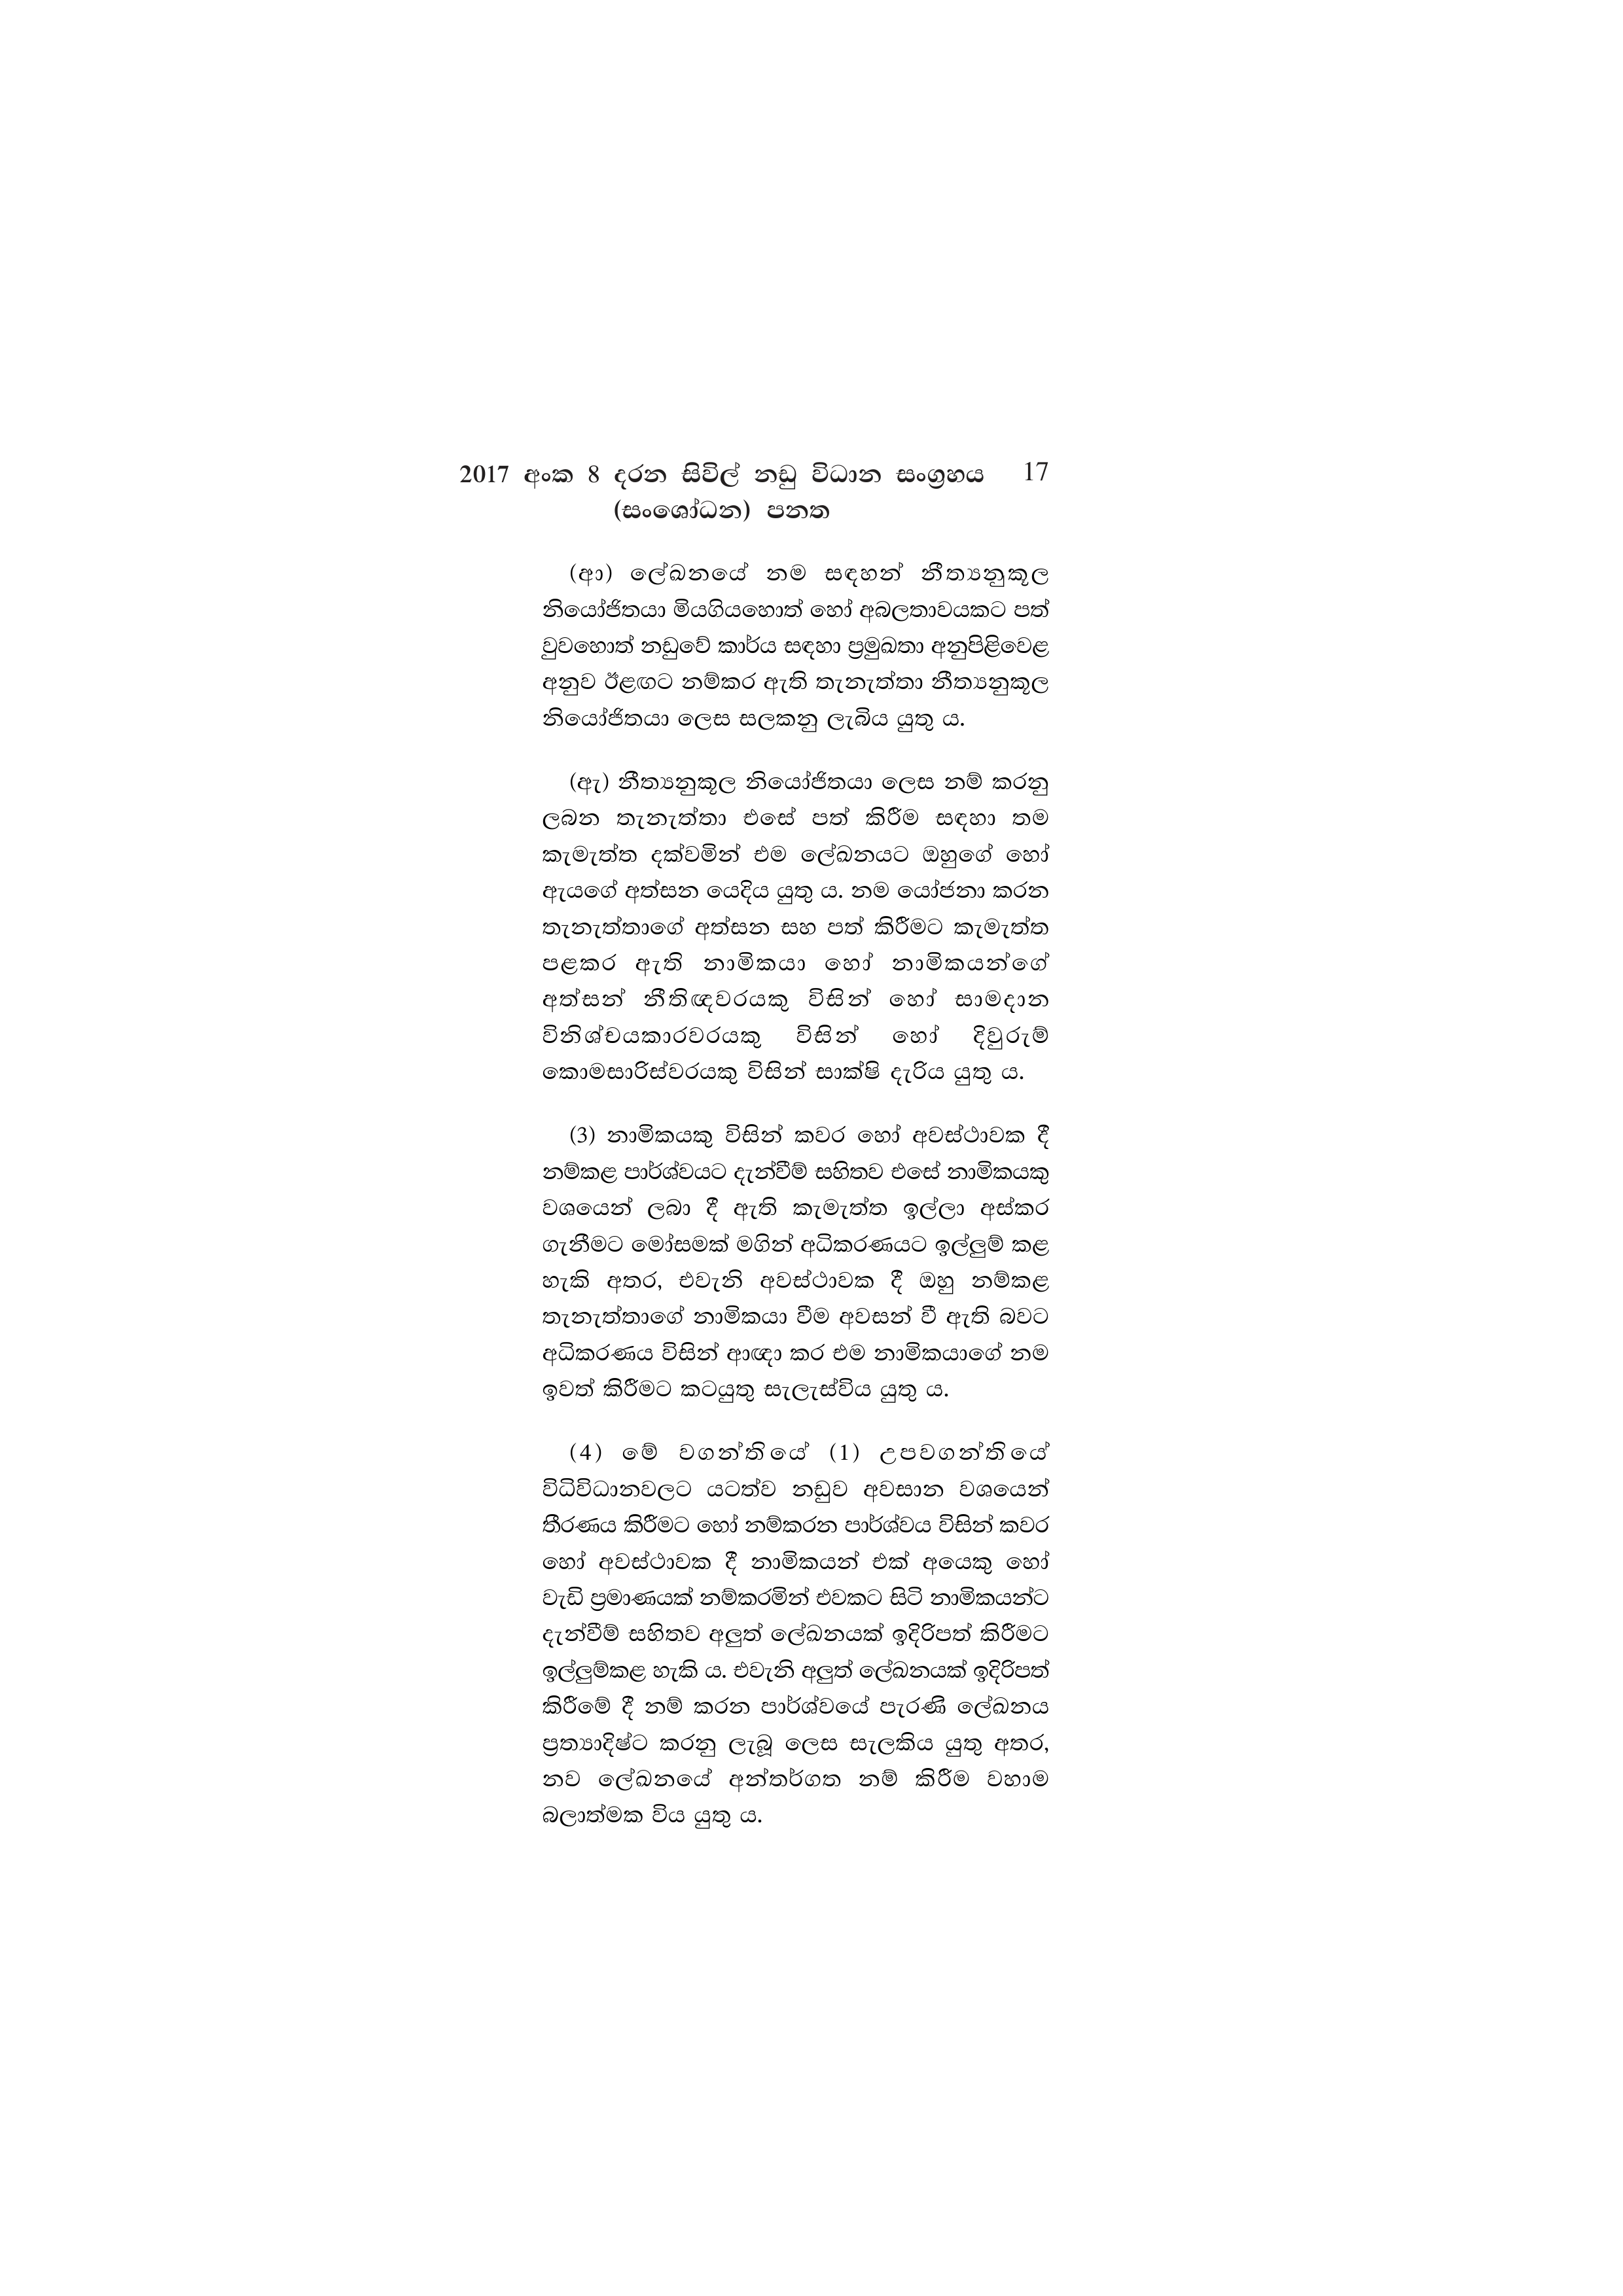
2017 අංක 8 දරන සිවිල් නඩු විධාන සංග්‍රහය 17
(සංශෝධන) පනත

(ආ) ලේඛනයේ නම සඳහන් නීත්‍යනුකූල
නියෝජිතයා මියගියහොත් හෝ අබලතාවයකට පත්
වුවහොත් නඩුවේ කාර්ය සඳහා ප්‍රමුඛතා අනුපිළිවෙළ
අනුව ඊළඟට නම්කර ඇති තැනැත්තා නීත්‍යනුකූල
නියෝජිතයා ලෙස සලකනු ලැබිය යුතු ය.

(ඇ) නීත්‍යනුකූල නියෝජිතයා ලෙස නම් කරනු
ලබන තැනැත්තා එසේ පත් කිරීම සඳහා තම
කැමැත්ත දක්වමින් එම ලේඛනයට ඔහුගේ හෝ
ඇයගේ අත්සන යෙදිය යුතු ය. නම යෝජනා කරන
තැනැත්තාගේ අත්සන සහ පත් කිරීමට කැමැත්ත
පළකර ඇති නාමිකයා හෝ නාමිකයන්ගේ
අත්සන් නීතිඥවරයකු විසින් හෝ සාමදාන
විනිශ්චයකාරවරයකු විසින් හෝ දිවුරුම්
කොමසාරිස්වරයකු විසින් සාක්ෂි දැරිය යුතු ය.

(3) නාමිකයකු විසින් කවර හෝ අවස්ථාවක දී
නම්කළ පාර්ශ්වයට දැන්වීම් සහිතව එසේ නාමිකයකු
වශයෙන් ලබා දී ඇති කැමැත්ත ඉල්ලා අස්කර
ගැනීමට මෝසමක් මගින් අධිකරණයට ඉල්ලුම් කළ
හැකි අතර, එවැනි අවස්ථාවක දී ඔහු නම්කළ
තැනැත්තාගේ නාමිකයා වීම අවසන් වී ඇති බවට
අධිකරණය විසින් ආඥා කර එම නාමිකයාගේ නම
ඉවත් කිරීමට කටයුතු සැලැස්විය යුතු ය.

(4) මේ වගන්තියේ (1) උපවගන්තියේ
විධිවිධානවලට යටත්ව නඩුව අවසාන වශයෙන්
තීරණය කිරීමට හෝ නම්කරන පාර්ශ්වය විසින් කවර
හෝ අවස්ථාවක දී නාමිකයන් එක් අයෙකු හෝ
වැඩි ප්‍රමාණයක් නම්කරමින් එවකට සිටි නාමිකයන්ට
දැන්වීම් සහිතව අලුත් ලේඛනයක් ඉදිරිපත් කිරීමට
ඉල්ලුම්කළ හැකි ය. එවැනි අලුත් ලේඛනයක් ඉදිරිපත්
කිරීමේ දී නම් කරන පාර්ශ්වයේ පැරණි ලේඛනය
ප්‍රත්‍යාදිෂ්ට කරනු ලැබූ ලෙස සැලකිය යුතු අතර,
නව ලේඛනයේ අන්තර්ගත නම් කිරීම වහාම
බලාත්මක විය යුතු ය.